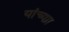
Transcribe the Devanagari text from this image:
यांच्याा